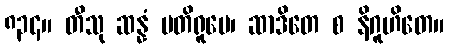
၈၃၄။ တီသု ဆန္နံ ပတိရူပေ၊ ဆာဒိတေ စ နိဂူဟိတေ။